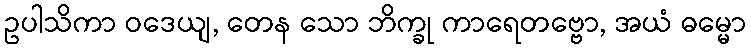
ဥပါသိကာ ဝဒေယျ, တေန သော ဘိက္ခု ကာရေတဗ္ဗော, အယံ ဓမ္မော